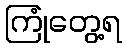
ကြုံတွေ့ရ